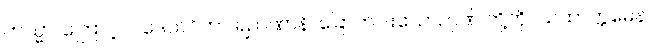
တသ္မာ၊ ကြောင့်။ ပဒေသဝိဟာ ရဉာဏာနိ၊ ခြောက်ပါးသောဉာဏ် တို့ကို။ ယထာက္ကမေန၊